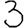
Digit: 3